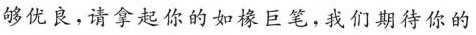
够优良，请拿起你的如椽巨笔，我们期待你的